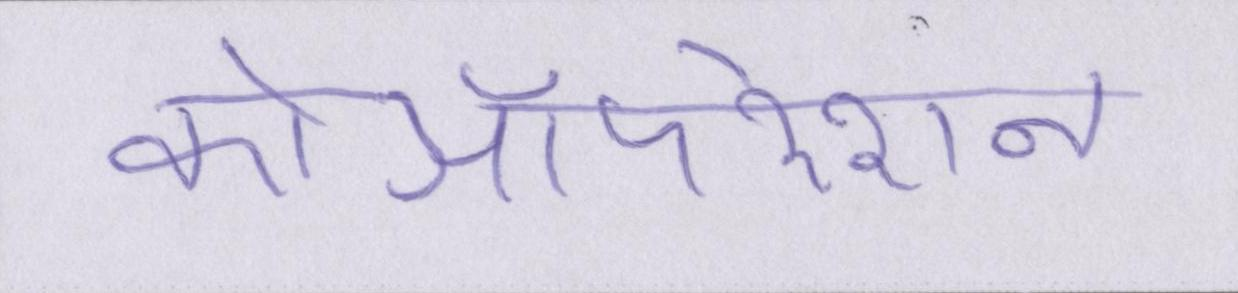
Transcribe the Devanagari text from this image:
कोऑपरेशन